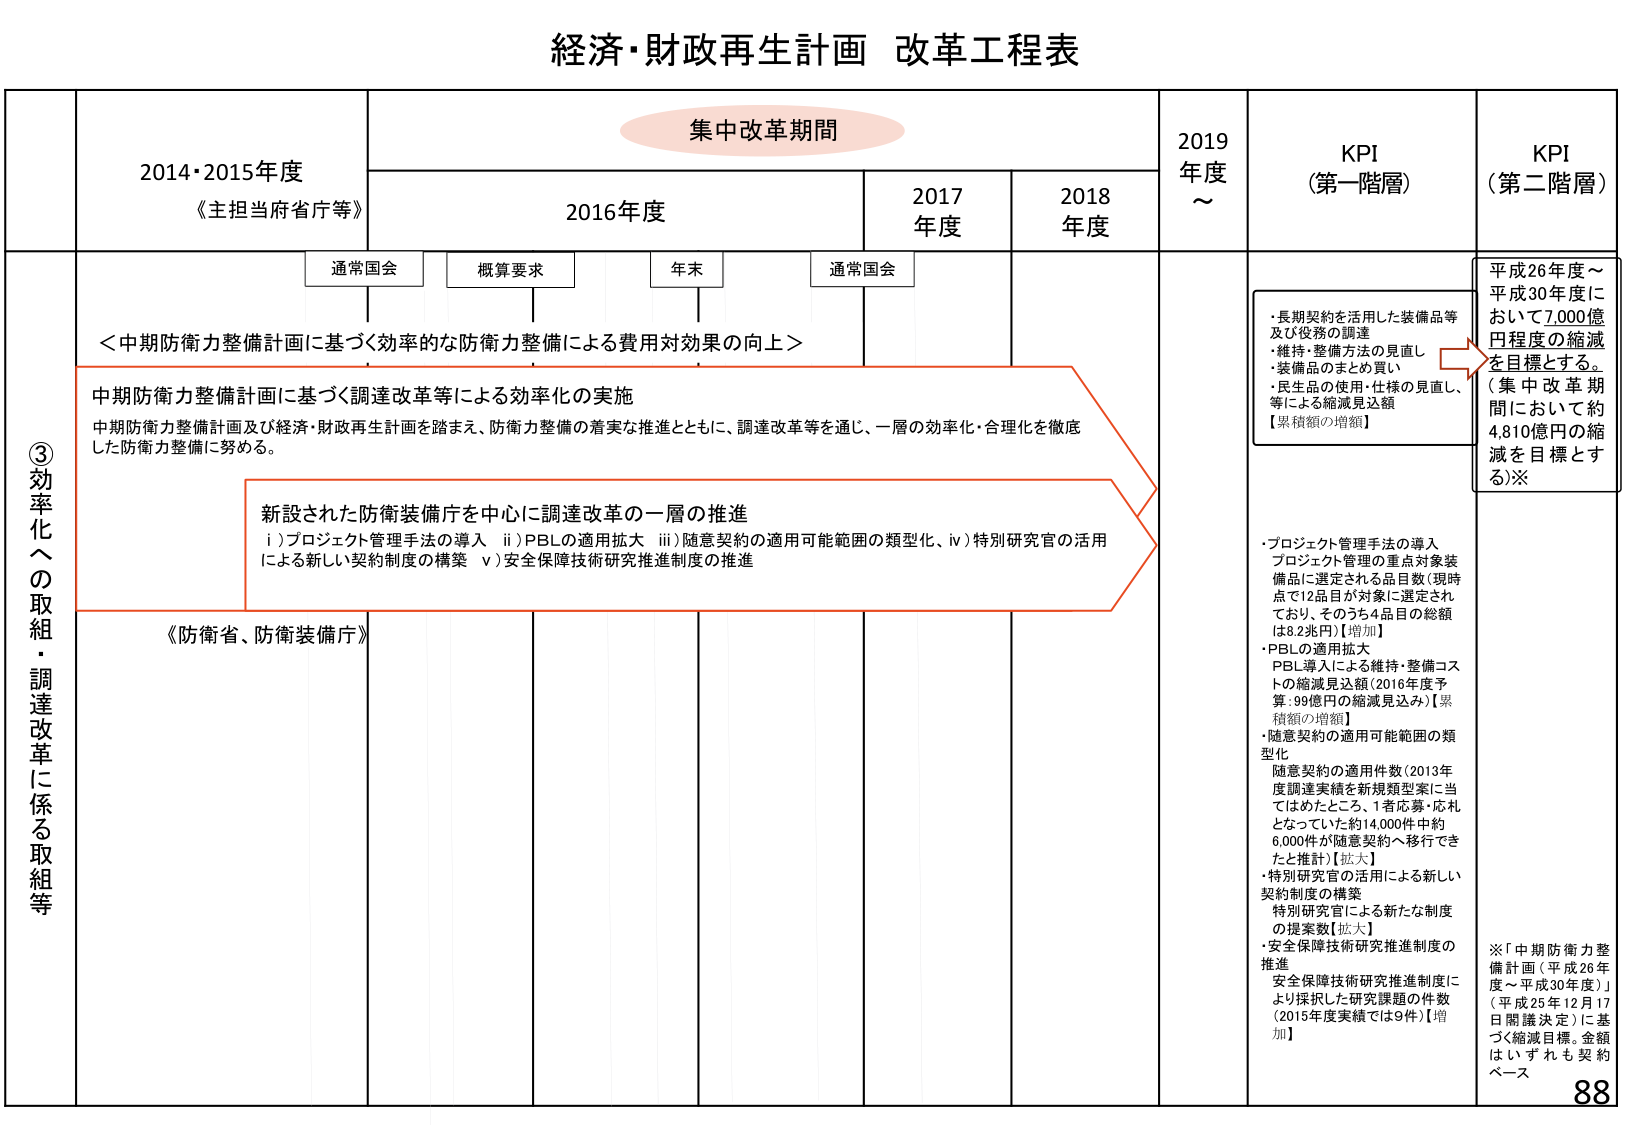
経済・財政再生計画 改革工程表

集中改革期間

2014・2015年度
《主担当府省庁等》

2016年度
通常国会
概算要求
年末
通常国会

2017年度
2018年度

2019年度～

KPI（第一階層）
KPI（第二階層）

③効率化への取組・調達改革に係る取組等

＜中期防衛力整備計画に基づく効率的な防衛力整備による費用対効果の向上＞

中期防衛力整備計画に基づく調達改革等による効率化の実施
中期防衛力整備計画及び経済・財政再生計画を踏まえ、防衛力整備の着実な推進とともに、調達改革等を通じ、一層の効率化・合理化を徹底した防衛力整備に努める。

新設された防衛装備庁を中心に調達改革の一層の推進
i）プロジェクト管理手法の導入
ii）PBLの適用拡大
iii）随意契約の適用可能範囲の類型化、
iv）特別研究官の活用による新しい契約制度の構築
v）安全保障技術研究推進制度の推進

《防衛省、防衛装備庁》

・長期契約を活用した装備品等及び役務の調達
・維持・整備方法の見直し
・装備品のまとめ買い
・民生品の使用・仕様の見直し、等による縮減見込額
【累積額の増額】

平成26年度～平成30年度において7,000億円程度の縮減を目指す。
（集中改革期間において約4,810億円の縮減を目指とする）※

・プロジェクト管理手法の導入
プロジェクト管理の重点対象装備品に選定される品目数（現時点で12品目が対象に選定されており、そのうち4品目の総額は82兆円）【増加】
・PBLの適用拡大
PBL導入による維持・整備コストの縮減見込額（2016年度予算：99億円の縮減見込み）【累積額の増額】
・随意契約の適用可能範囲の類型化
随意契約の適用件数（2013年度調達実績を新規類型案に当てはめたところ、1者応募・応札となっていた約14,000件中約6,000件が随意契約へ移行できると推計）【拡大】
・特別研究官の活用による新しい契約制度の構築
特別研究官による新たな制度の提案数【拡大】
・安全保障技術研究推進制度の推進
安全保障技術研究推進制度により採択した研究課題の件数（2015年度実績では9件）【増加】

※「中期防衛力整備計画（平成26年度～平成30年度）」（平成25年12月17日閣議決定）に基づく縮減目標。金額はいずれも契約ベース

88